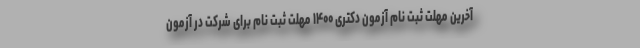
آخرین مهلت ثبت نام آزمون دکتری ۱۴۰۰ مهلت ثبت نام برای شرکت در آزمون